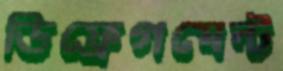
ডিফ্রেগমেন্ট